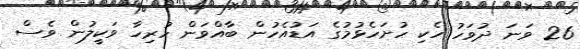
26 ވަނަ ދުވަހު ހެކި ހުށަހެޅުމުގެ އަޑުއެހުން ބާއްވަން ހުރިހާ ވަކީލުން ވެސް